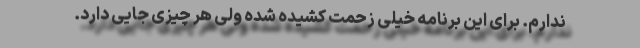
ندارم. برای این برنامه خیلی زحمت کشیده شده ولی هر چیزی جایی دارد.